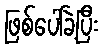
ဖြစ်ပေါ်ခဲ့ပြီး